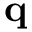
\mathbf { q }